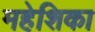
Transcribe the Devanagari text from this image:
महेशिका